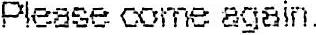
PLEASE COME AGAIN.